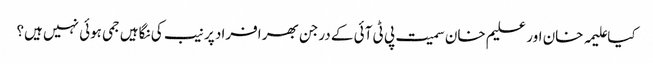
کیا علیمہ خان اور علیم خان سمیت پی ٹی آئی کے درجن بھر افراد پر نیب کی نگاہیں جمی ہوئی نہیں ہیں؟